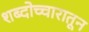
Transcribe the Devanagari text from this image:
शब्दोच्चारातून